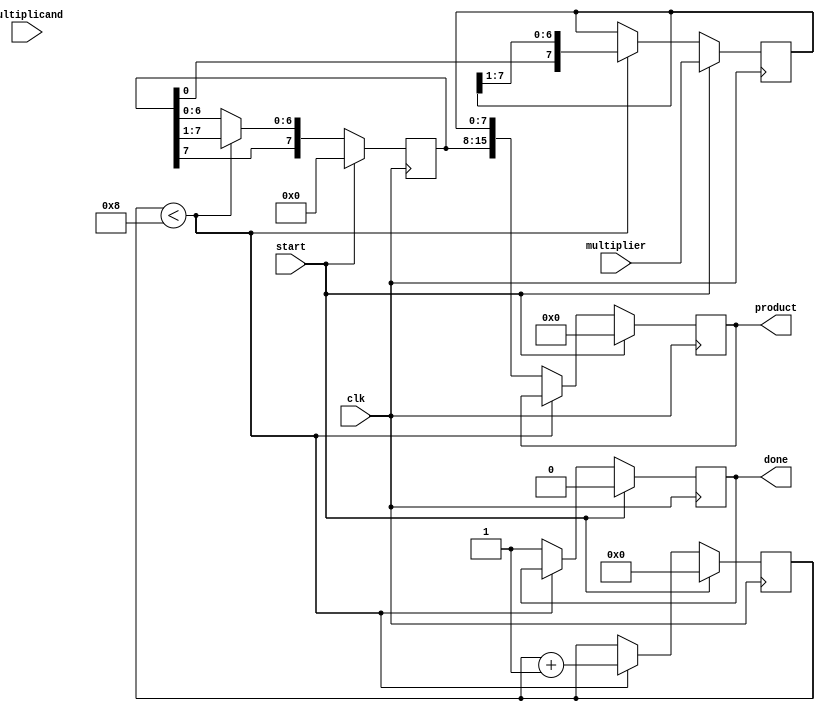
module radix4_multiplier (
    input wire [7:0] multiplicand, // 8-bit multiplicand
    input wire [7:0] multiplier,    // 8-bit multiplier
    input wire clk,                 // Clock signal
    input wire start,               // Start signal
    output reg [15:0] product,      // 16-bit product
    output reg done                 // Done signal
);

    reg [7:0] A, Q;                 // A: accumulator, Q: multiplier
    reg [3:0] count;                // Count for iterations
    reg [15:0] P;                   // Partial product
    reg [1:0] booth_code;           // Booth encoding

    // Booth encoding logic
    always @(*) begin
        case ({Q[1:0], Q[0]})
            3'b00: booth_code = 2'b00; // 0
            3'b01: booth_code = 2'b01; // +1
            3'b10: booth_code = 2'b10; // -1
            3'b11: booth_code = 2'b00; // 0
            default: booth_code = 2'b00;
        endcase
    end

    // Partial product generation and accumulation
    always @(posedge clk) begin
        if (start) begin
            A <= 8'b0;                // Clear accumulator
            Q <= multiplier;          // Load multiplier
            P <= {8'b0, multiplicand}; // Load multiplicand
            count <= 4'b0;            // Reset count
            product <= 16'b0;         // Clear product
            done <= 1'b0;             // Reset done signal
        end else if (count < 8) begin
            case (booth_code)
                2'b01: A <= A + P[15:8]; // Add multiplicand
                2'b10: A <= A - P[15:8]; // Subtract multiplicand
                default: A <= A;         // Do nothing
            endcase

            // Shift right operation
            Q <= {A[0], Q[7:1]};         // Shift Q right
            A <= {A[7], A[7:1]};         // Shift A right
            count <= count + 1;          // Increment count
        end else begin
            product <= {A, Q};           // Combine A and Q for final product
            done <= 1'b1;                // Set done signal
        end
    end
endmodule